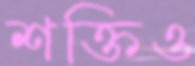
শক্তিও